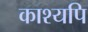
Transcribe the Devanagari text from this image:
काश्यपि